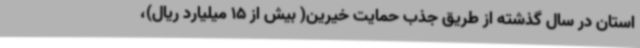
استان در سال گذشته از طریق جذب حمایت خیرین( بیش از 15 میلیارد ریال)،